Civil Veterinary Department Bihar & Orissa reports 1929-36 - 1929-1936
Year: 1929
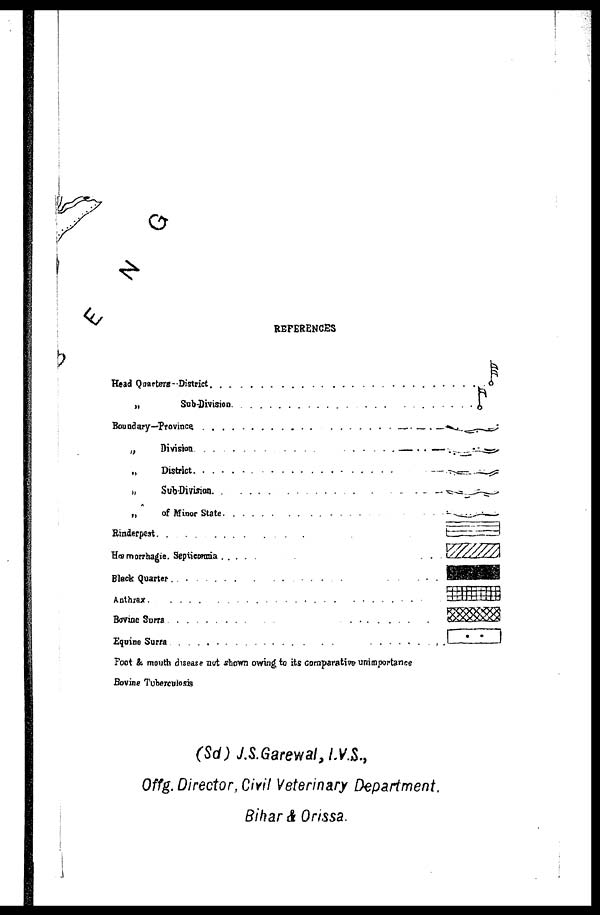
REFERENCES
Head Quarters-District . . . . . . .. . . . . . .
„ Sub-Division. . . . . . . . .. . . . . . .
Boundary-Province. . . . . . . . . .. . . . . . .
„ Divison. . . . . . . . . . .
„ District. . . . . . . . . .
„ Sub-Division. . . . . . . . . .
„ of Minor State. . . . . . . . .
Rinderpest . . . . . . . . .
Hæmorrhagic Septicæmia . . . . . . . . .
Black Quarter . . . . . . . . . .
Anthrax. . . . . . . . . . .
Bovine Surra. . . . . . . . . .
Equine Surra. . . . . . . . . .
Foot & mouth disease not shown owing to its comparative unimportance
Bovine Tuberculosis
(Sd) J.S.Garewal, I.V.S.,
Offg. Director, Civil Veterinary Department,
Bihar & Orissa.